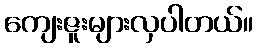
ကျေးဇူးများလှပါတယ်။